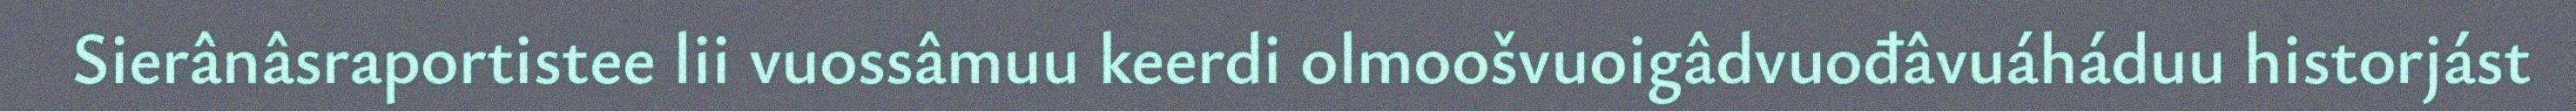
Sierânâsraportistee lii vuossâmuu keerdi olmoošvuoigâdvuođâvuáháduu historjást